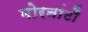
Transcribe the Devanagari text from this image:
मोरनांटौ